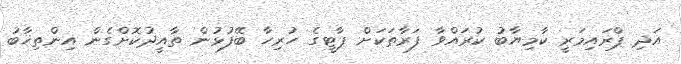
އަދި ޕްރައިމަރީ ކާމިޔާބު ކުރައްވާ ފަރާތަކަށް ޕާޓީގެ ހުރިހާ ބޭފުޅުން ތާއީދުކޮށްގެން އިންތިޚާބު